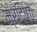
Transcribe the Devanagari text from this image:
म्रदिष्ठ